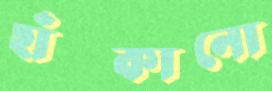
হাঁট্‌কানো